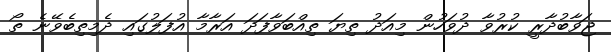
ޖަވާބުދާރީ ކުރުވާ ދުވަހުން މިއަދު ތިޔަ ތިއްބަވާފަދަ އަރާމާ އުފަލުގައި ދެމިތިބެވޭނެ ތޯ